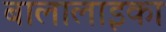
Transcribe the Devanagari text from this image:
बालालाइका